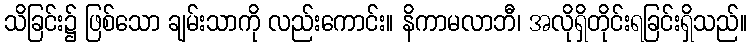
သိခြင်း၌ ဖြစ်သော ချမ်းသာကို လည်းကောင်း။ နိကာမလာဘီ၊ အလိုရှိတိုင်းရခြင်းရှိသည်။